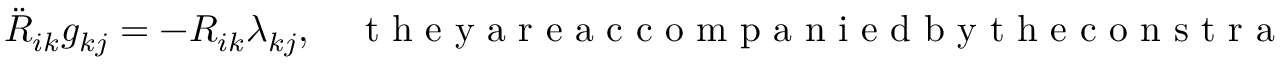
\begin{array} { r } { \ddot { R } _ { i k } g _ { k j } = - R _ { i k } \lambda _ { k j } , \quad \mathrm { ~ t ~ h ~ e ~ y ~ a ~ r ~ e ~ a ~ c ~ c ~ o ~ m ~ p ~ a ~ n ~ i ~ e ~ d ~ b ~ y ~ t ~ h ~ e ~ c ~ o ~ n ~ s ~ t ~ r ~ a ~ i ~ n ~ t ~ s ~ } ~ R ^ { T } R = { \bf 1 } . } \end{array}